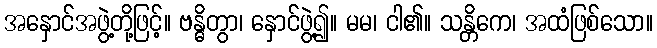
အနှောင်အဖွဲ့တို့ဖြင့်။ ဗန္ဓိတွာ၊ နှောင်ဖွဲ့၍။ မမ၊ ငါ၏။ သန္တိကေ၊ အထံဖြစ်သော။